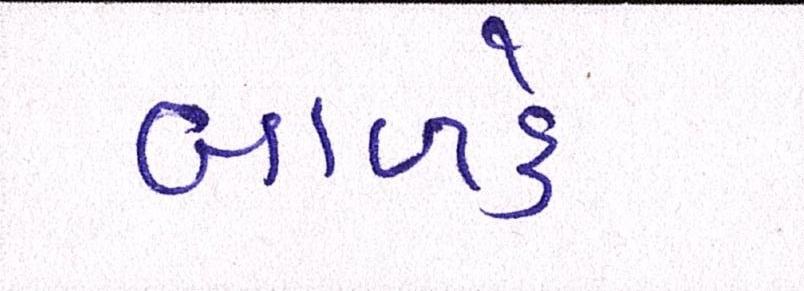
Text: બાળકે